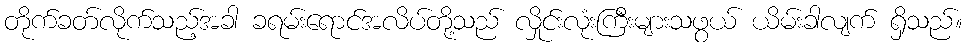
တိုက်ခတ်လိုက်သည့်အခါ ခရမ်းရောင်အလိပ်တို့သည် လှိုင်းလုံးကြီးများသဖွယ် ယိမ်းခါလျက် ရှိသည်။